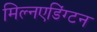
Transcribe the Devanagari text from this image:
मिल्नएडिंग्टन